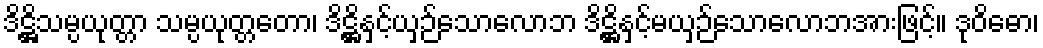
ဒိဋ္ဌိသမ္ပယုတ္တာ သမ္ပယုတ္တတော၊ ဒိဋ္ဌိနှင့်ယှဉ်သောလောဘ ဒိဋ္ဌိနှင့်မယှဉ်သောလောဘအားဖြင့်။ ဒုဝိဓော၊